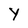
Character: Y